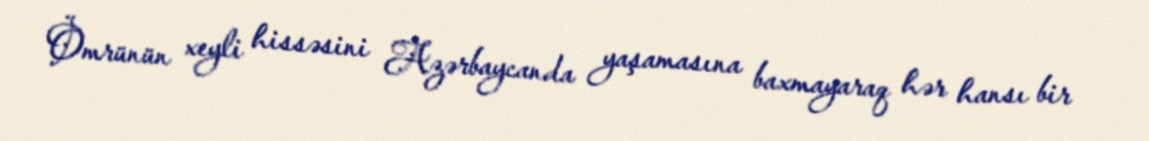
Ömrünün xeyli hissəsini Azərbaycanda yaşamasına baxmayaraq hər hansı bir